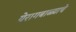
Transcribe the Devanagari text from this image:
येरागबाळ्याचे